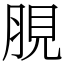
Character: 䏹